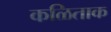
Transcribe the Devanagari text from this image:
कळिताक